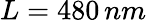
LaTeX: L=480\, nm